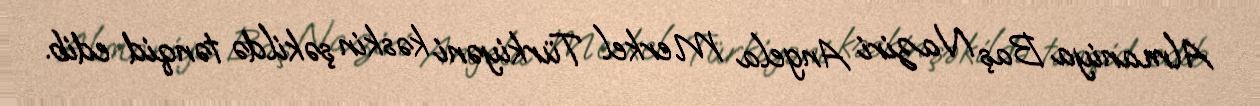
Almaniya Baş Naziri Angela Merkel Türkiyəni kəskin şəkildə tənqid edib.